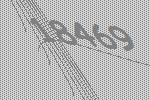
18469